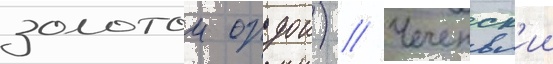
золотои ордои) // Чеченск'ии